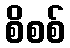
စိစစ်